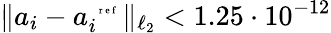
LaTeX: \lVert a_{i}-a_{i}^{\mathrm{~\tiny~{~r~e~f~}~}}\rVert_{\ell_{2}}<1.25\cdot 10^{-12}